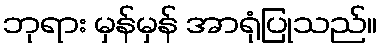
ဘုရား မှန်မှန် အာရုံပြုသည်။